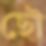
ছৌ